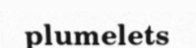
plumelets